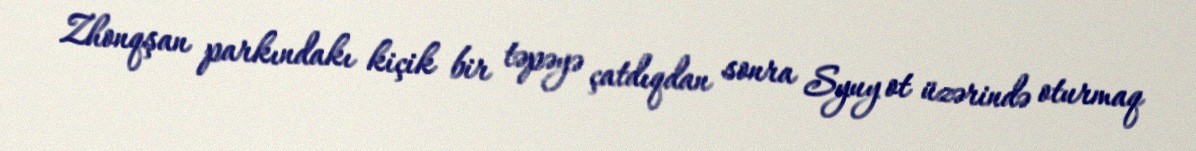
Zhonqşan parkındakı kiçik bir təpəyə çatdıqdan sonra Syuy ot üzərində oturmaq